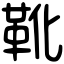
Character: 靴